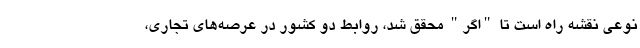
نوعی نقشه راه است تا "اگر" محقق شد، روابط دو کشور در عرصه‌های تجاری،